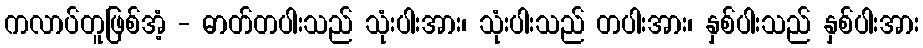
ကလာပ်တူဖြစ်အံ့ - ဓာတ်တပါးသည် သုံးပါးအား၊ သုံးပါးသည် တပါးအား၊ နှစ်ပါးသည် နှစ်ပါးအား